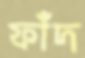
ফাঁদ